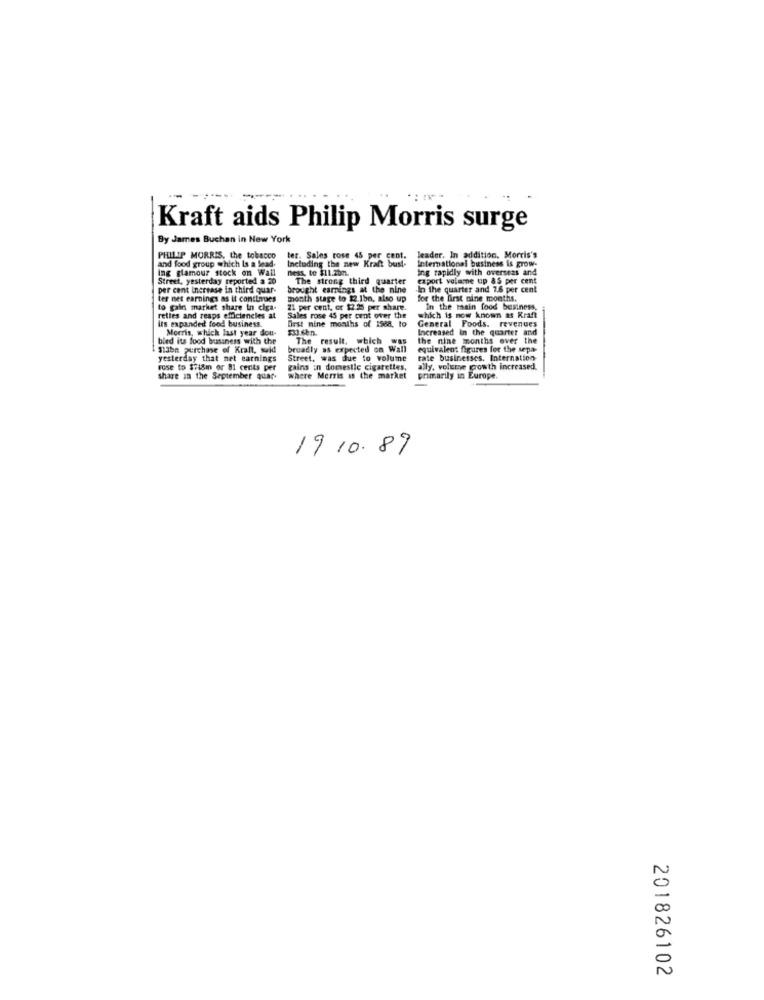
Kraft aids Philip Morris surge
By James Buchan in New York
and food group which Is a lead.
PHILIP MORRIS, the tobacco
ter. Sales rose 45 per cent.
Including the new Kraft bus !-
leader. In addition. Morris's
International business is grow-
ing glamour stock on Wall
ness, to $11.20m.
Ing rapidly with overseas and
Street, yesterday reported a 20
The strong third quarter
export volume up 85 per cent
per cent Increase in third quar-
brought earnings at the nine
In the quarter and 7.6 per cent
ter net earnings as it continues
month stage to 12.1bn, also up
for the first nine months.
to gain market share in cia-
21 per cent, or $2.25 per share.
In the main food business.
reties and reaps efficiencies at
Its expanded food business.
Sales rose 45 per cent over the
first nine months of 1568, to
which is now known as Kraft
General Foods. revenues
Morris, which last year dou-
$33.chn.
Increased in the quarter and
bled its food business with the
The result, which Was
the nine months over the
Slabn purchase of Kraft, wald
broadly as expected on Wall
equivalent figures for the sepa-
yesterday that net earnings
Street, was due to volume
rate businesses. Internation
rose to $718m or 81 cents per
gains in domestic cigarettes,
ally, volume growth increased.
share in the September quar-
where Merris is the market
primarily in Europe.
19 10.89
201826102